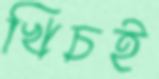
খিচই